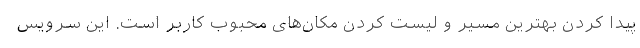
پیدا کردن بهترین مسیر و لیست کردن مکان‌های محبوب کاربر است. این سرویس